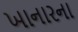
ખાનારના